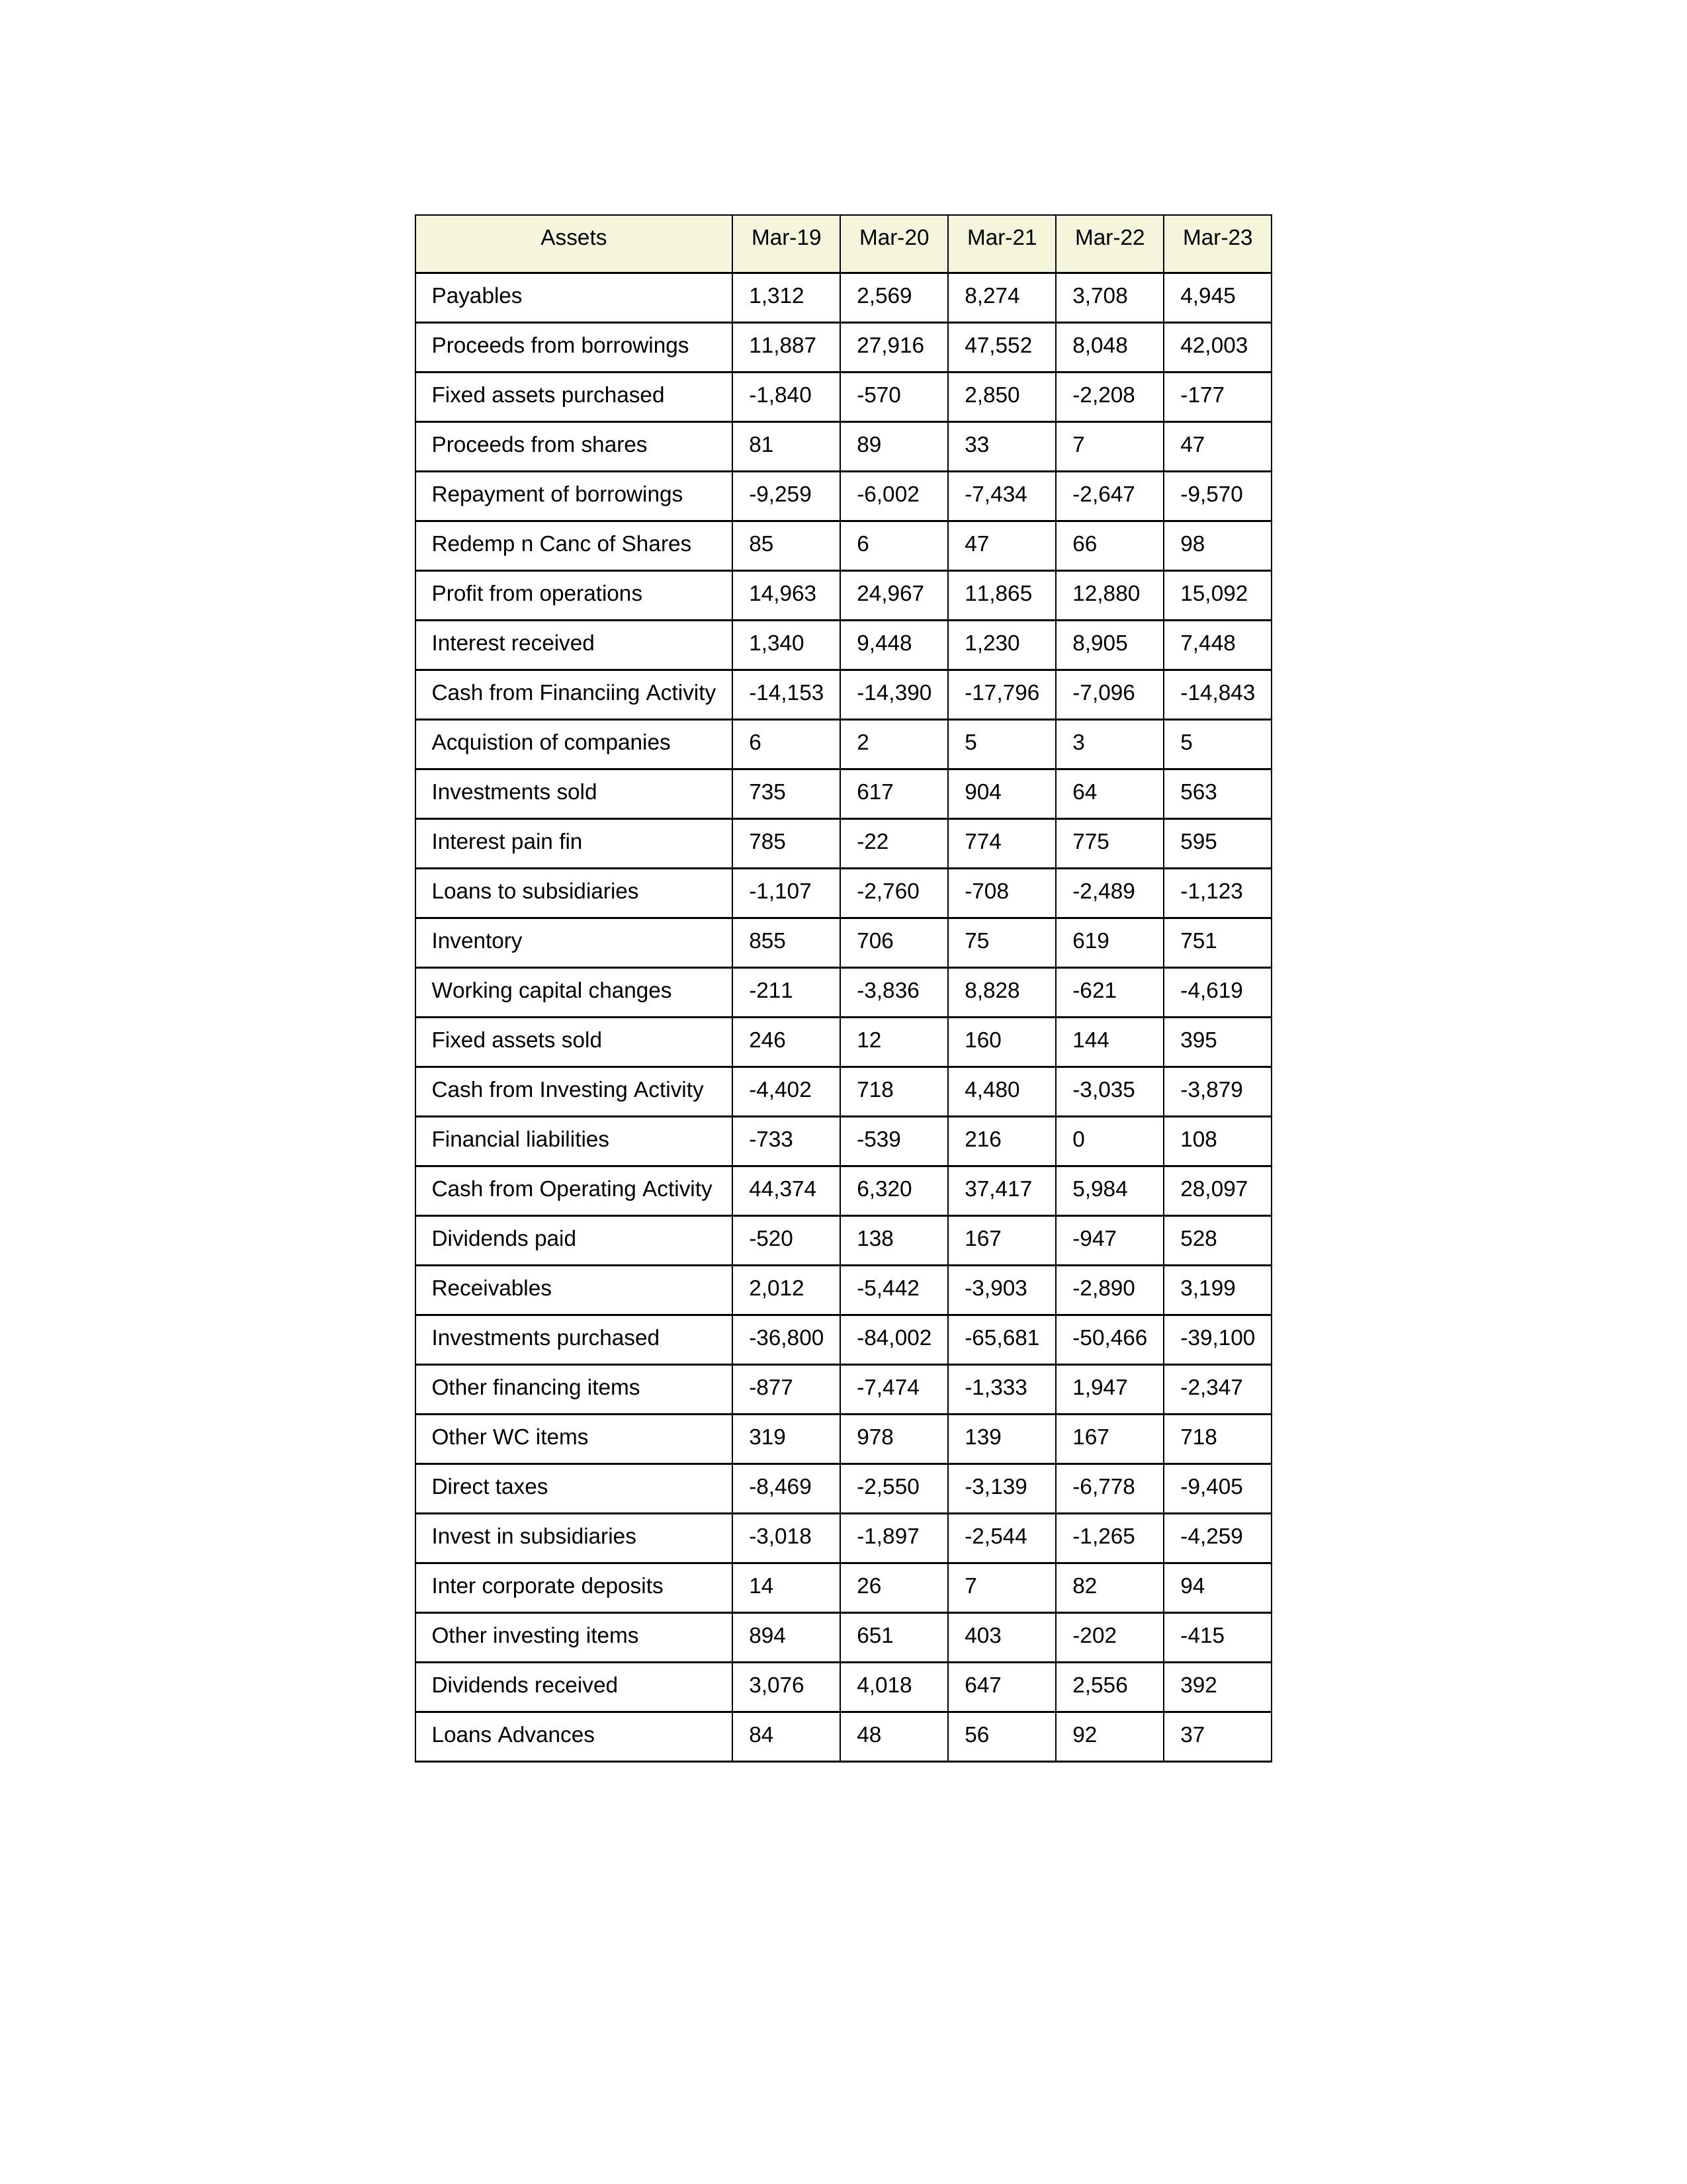
gt_parse: Mar-19: Cash from Operating Activity: 44,374
Profit from operations: 14,963
Receivables: 2,012
Inventory: 855
Payables: 1,312
Loans Advances: 84
Other WC items: 319
Working capital changes: -211
Direct taxes: -8,469
Cash from Investing Activity: -4,402
Fixed assets purchased: -1,840
Fixed assets sold: 246
Investments purchased: -36,800
Investments sold: 735
Interest received: 1,340
Dividends received: 3,076
Invest in subsidiaries: -3,018
Loans to subsidiaries: -1,107
Redemp n Canc of Shares: 85
Acquistion of companies: 6
Inter corporate deposits: 14
Other investing items: 894
Cash from Financiing Activity: -14,153
Proceeds from shares: 81
Proceeds from borrowings: 11,887
Repayment of borrowings: -9,259
Interest pain fin: 785
Dividends paid: -520
Financial liabilities: -733
Other financing items: -877
Mar-20: Cash from Operating Activity: 6,320
Profit from operations: 24,967
Receivables: -5,442
Inventory: 706
Payables: 2,569
Loans Advances: 48
Other WC items: 978
Working capital changes: -3,836
Direct taxes: -2,550
Cash from Investing Activity: 718
Fixed assets purchased: -570
Fixed assets sold: 12
Investments purchased: -84,002
Investments sold: 617
Interest received: 9,448
Dividends received: 4,018
Invest in subsidiaries: -1,897
Loans to subsidiaries: -2,760
Redemp n Canc of Shares: 6
Acquistion of companies: 2
Inter corporate deposits: 26
Other investing items: 651
Cash from Financiing Activity: -14,390
Proceeds from shares: 89
Proceeds from borrowings: 27,916
Repayment of borrowings: -6,002
Interest pain fin: -22
Dividends paid: 138
Financial liabilities: -539
Other financing items: -7,474
Mar-21: Cash from Operating Activity: 37,417
Profit from operations: 11,865
Receivables: -3,903
Inventory: 75
Payables: 8,274
Loans Advances: 56
Other WC items: 139
Working capital changes: 8,828
Direct taxes: -3,139
Cash from Investing Activity: 4,480
Fixed assets purchased: 2,850
Fixed assets sold: 160
Investments purchased: -65,681
Investments sold: 904
Interest received: 1,230
Dividends received: 647
Invest in subsidiaries: -2,544
Loans to subsidiaries: -708
Redemp n Canc of Shares: 47
Acquistion of companies: 5
Inter corporate deposits: 7
Other investing items: 403
Cash from Financiing Activity: -17,796
Proceeds from shares: 33
Proceeds from borrowings: 47,552
Repayment of borrowings: -7,434
Interest pain fin: 774
Dividends paid: 167
Financial liabilities: 216
Other financing items: -1,333
Mar-22: Cash from Operating Activity: 5,984
Profit from operations: 12,880
Receivables: -2,890
Inventory: 619
Payables: 3,708
Loans Advances: 92
Other WC items: 167
Working capital changes: -621
Direct taxes: -6,778
Cash from Investing Activity: -3,035
Fixed assets purchased: -2,208
Fixed assets sold: 144
Investments purchased: -50,466
Investments sold: 64
Interest received: 8,905
Dividends received: 2,556
Invest in subsidiaries: -1,265
Loans to subsidiaries: -2,489
Redemp n Canc of Shares: 66
Acquistion of companies: 3
Inter corporate deposits: 82
Other investing items: -202
Cash from Financiing Activity: -7,096
Proceeds from shares: 7
Proceeds from borrowings: 8,048
Repayment of borrowings: -2,647
Interest pain fin: 775
Dividends paid: -947
Financial liabilities: 0
Other financing items: 1,947
Mar-23: Cash from Operating Activity: 28,097
Profit from operations: 15,092
Receivables: 3,199
Inventory: 751
Payables: 4,945
Loans Advances: 37
Other WC items: 718
Working capital changes: -4,619
Direct taxes: -9,405
Cash from Investing Activity: -3,879
Fixed assets purchased: -177
Fixed assets sold: 395
Investments purchased: -39,100
Investments sold: 563
Interest received: 7,448
Dividends received: 392
Invest in subsidiaries: -4,259
Loans to subsidiaries: -1,123
Redemp n Canc of Shares: 98
Acquistion of companies: 5
Inter corporate deposits: 94
Other investing items: -415
Cash from Financiing Activity: -14,843
Proceeds from shares: 47
Proceeds from borrowings: 42,003
Repayment of borrowings: -9,570
Interest pain fin: 595
Dividends paid: 528
Financial liabilities: 108
Other financing items: -2,347